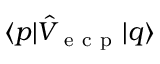
\langle p \vert \hat { V } _ { \mathrm { ~ e ~ c ~ p ~ } } \vert q \rangle